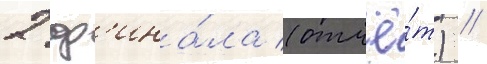
2 ф'ина́ла (отчё́т) //